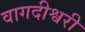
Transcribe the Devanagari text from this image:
वागदीश्वरी